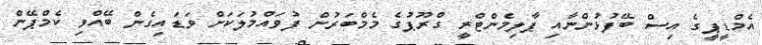
އެމްޑީޕީގެ އިސް ބޭފުޅުންނާއި ޕާލިމެންޓްރީ ގްރޫޕުގެ މެމްބަރުން ފުވައްމުލަކަށް ވަޑައިގެން ބޭއްވި ކެމްޕޭން